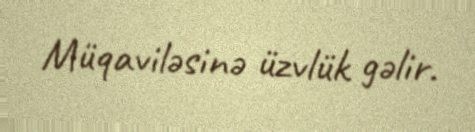
Müqaviləsinə üzvlük gəlir.